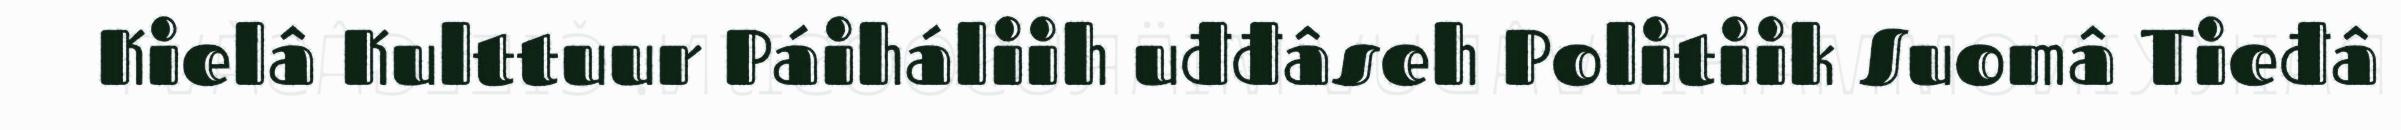
Kielâ Kulttuur Páiháliih uđđâseh Politiik Suomâ Tieđâ